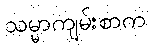
သမ္မာကျမ်းစာက